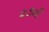
૨૭મી